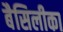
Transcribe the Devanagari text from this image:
बैसिलीका